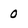
Character: 0